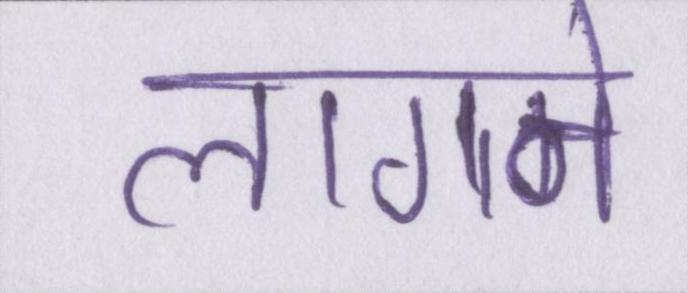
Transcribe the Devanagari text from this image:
लागने